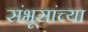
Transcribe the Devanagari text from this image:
संभूसांच्या